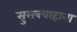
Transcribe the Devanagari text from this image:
सुसक्वाहाना